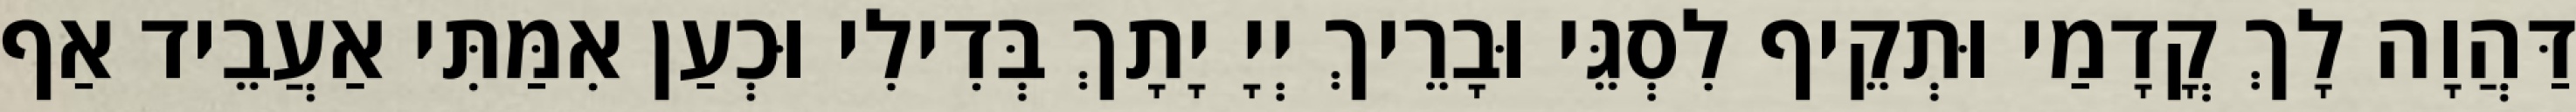
דַּהֲוָה לָךְ קֳדָמַי וּתְקֵיף לִסְגֵּי וּבָרֵיךְ יְיָ יָתָךְ בְּדִילִי וּכְעַן אִמַּתִּי אַעֲבֵיד אַף